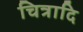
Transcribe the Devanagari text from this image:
चित्रादि